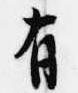
有